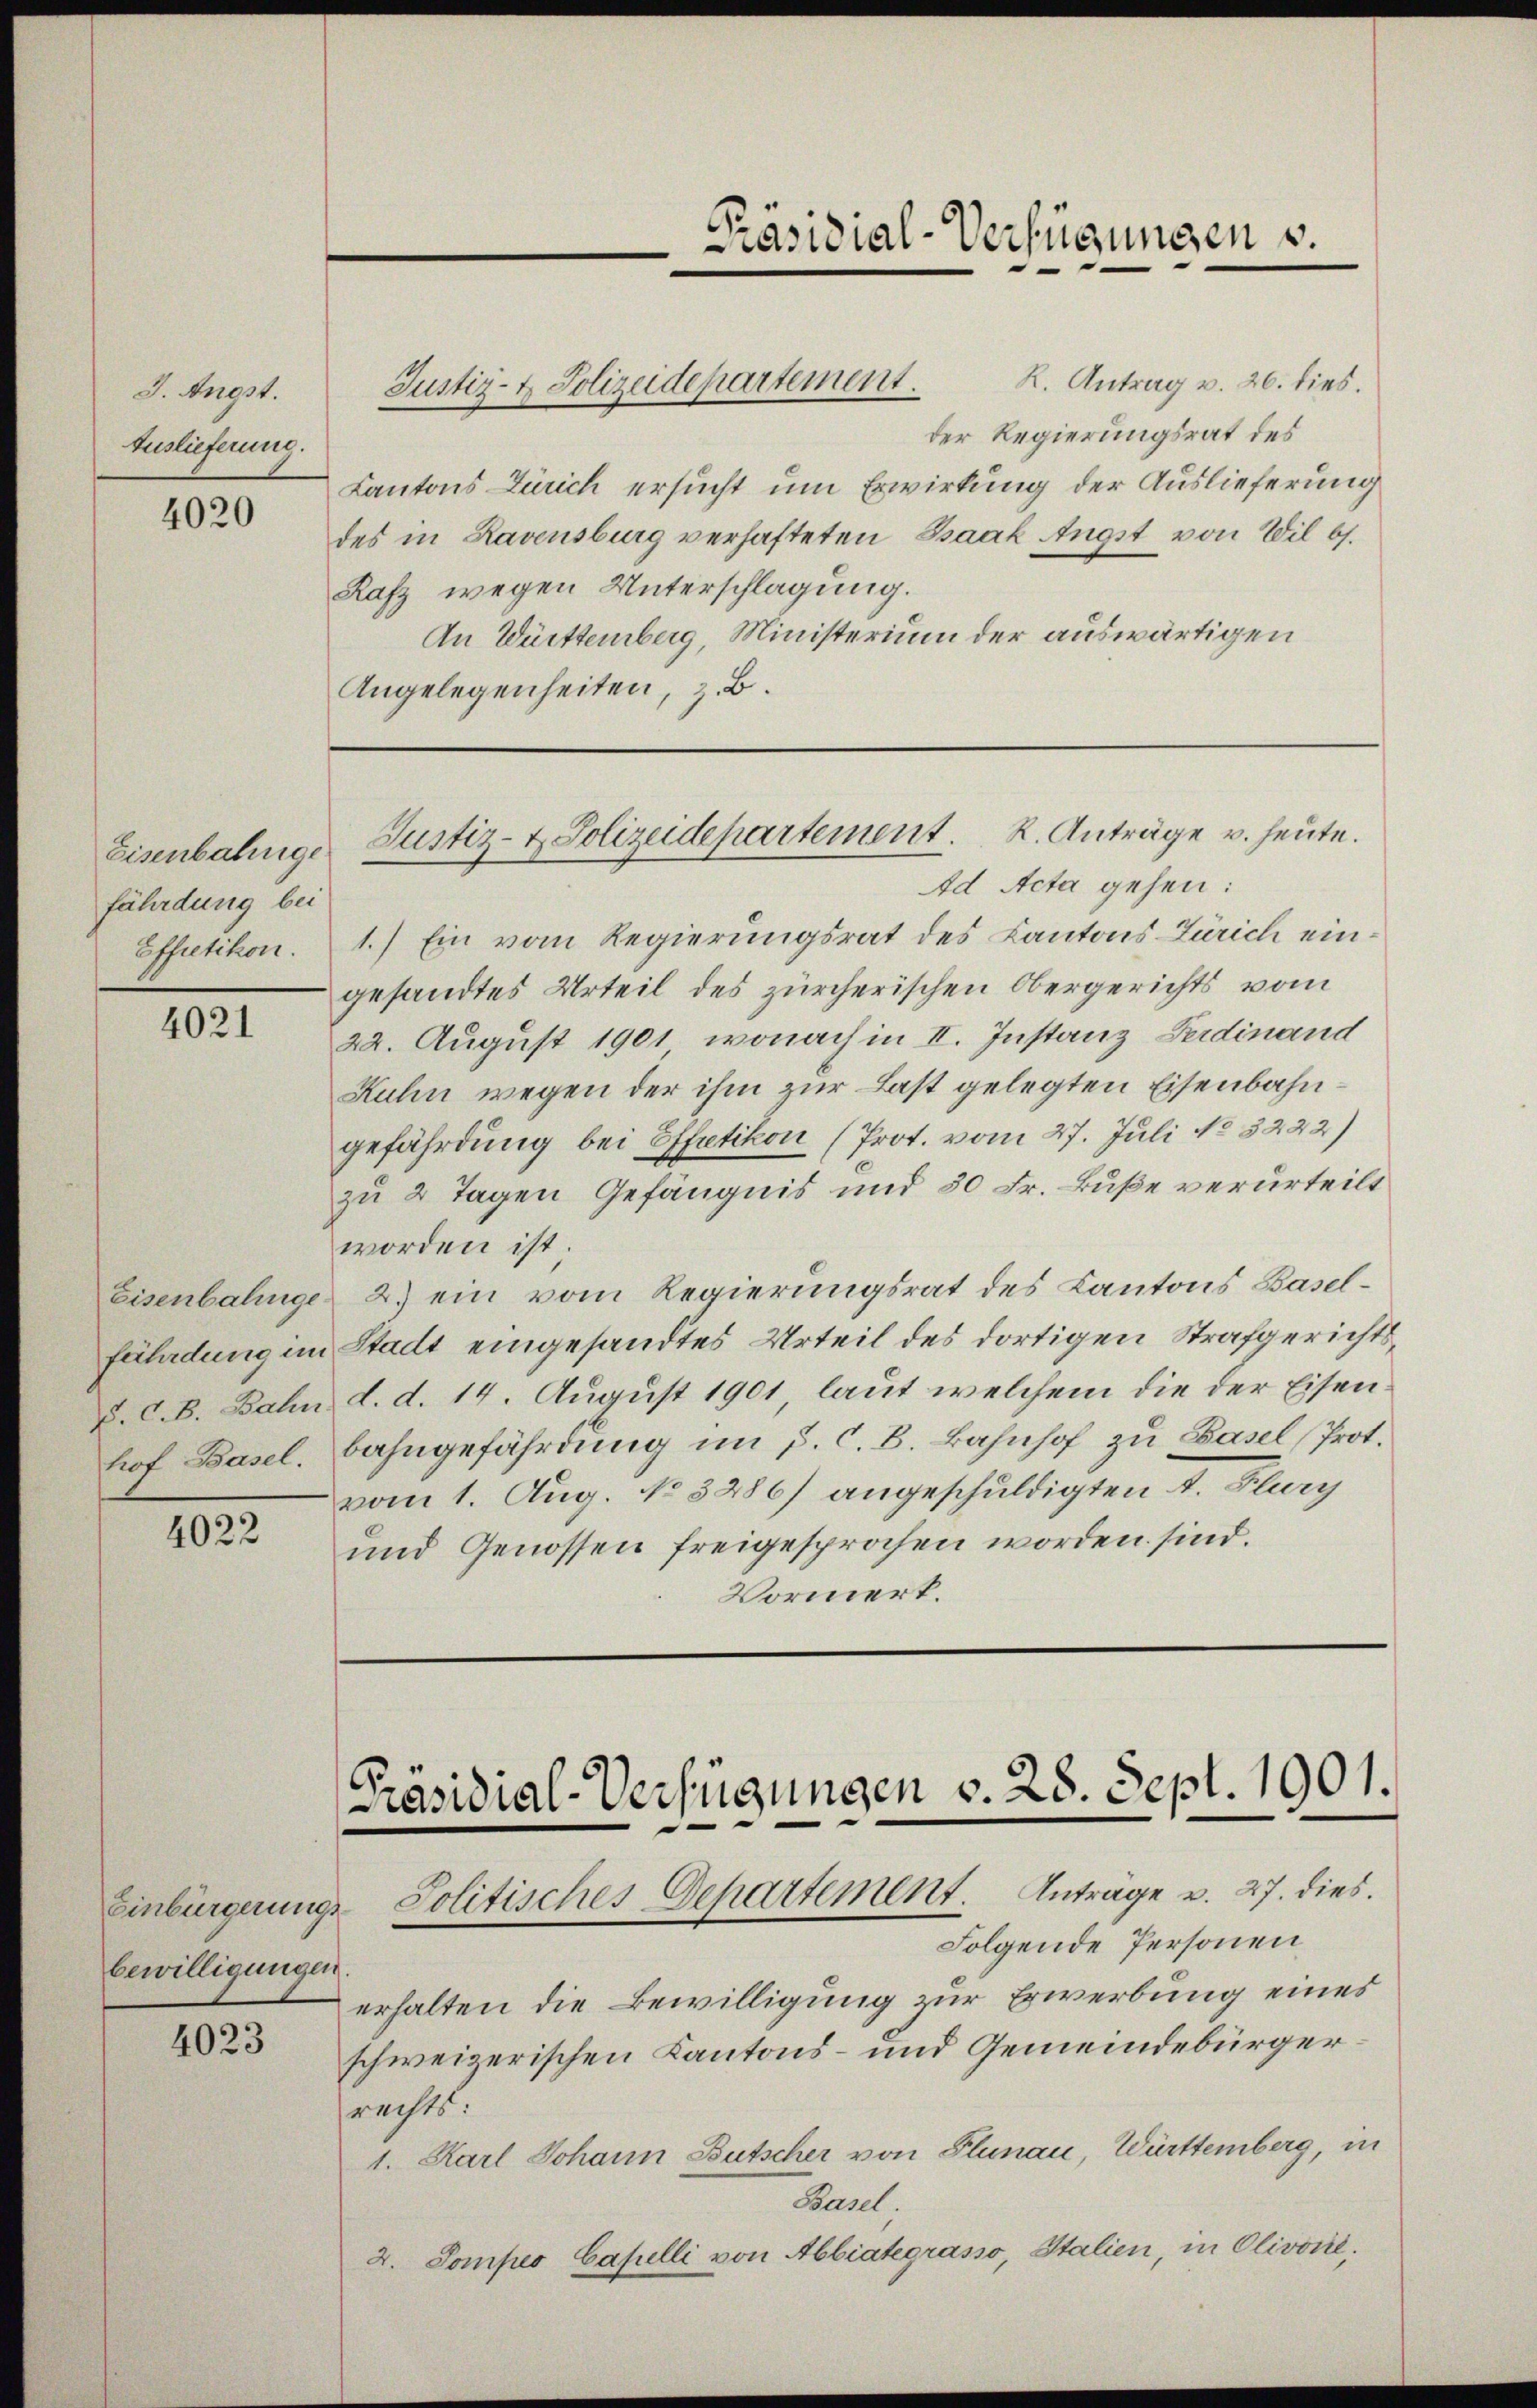
J. Angst.
Auslieferung.

4020

Eisenbahnge
fährdung bei
Effretikon.

4021

hof Basel.

4022

bewilligungen.

4023

Justiz- & Polizeidepartement.

R. Antrag v. 26. dies.
der Regierungsrat des
Kantons Zürich ersucht um Erwirkung der Auslieferung
des in Ravensburg verhafteten Bsaak Angst von Wil b).
Rafz wegen Unterschlagung.
An Württemberg, Ministerium der auswärtigen
Angelegenheiten, z. B.

Justiz- & Polizeidepartement. K. Anträge u. heute.

Ad Acta gehen:
1.) Ein vom Regierungsrat des Kantons Zürich eingesandtes Urteil des zürcherischen Obergerichts vom
22. August 1901, wonach in II. Instanz Ferdinand
Ruhn wegen der ihm zur Last gelegten Eisenbahngefährdung bei Effetikon (Prot. vom 27. Juli No 3222)
zu 2 Tagen Gefängnis und 30 Fr. Buße verurteilt
worden ist;
Eisenbahnge 2.) ein vom Regierungsrat des Kantons Baselfährdung im Stadt eingesandtes Urteil des dortigen Strafgerichtsv. C. B. Bahn d. d. 14. August 1901, laut welchem die der Eisenbahngefährdung im p. C. B. Bahnhof zu Basel Prot.
vom 1. Aug. No. 3286) angeschuldigten T. Flury
und Genossen freigesprochen worden sind.
Vormerk.

[Präsidial-Verfügungen v. 28. Sept. 1901.
Einbürgerungs Politisches Departement. Anträge u. 27. dies

Folgende Personen,
erhalten die Bewilligung zur Erwerbung eines
schweizerischen Kantons- und Gemeindebürgerrechts.
1. Karl Johann Butscher von Plunau, Württemberg, in
Basel
2. Comper Casulli von Abbiategrasso, Italien, in Olivonl.

Präsidial-Verfügungen u.